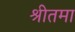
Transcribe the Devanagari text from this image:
श्रीतमा